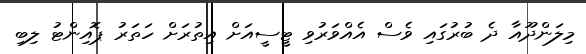
މިލަންދޫއާ ދެ ބުރުގައި ވެސް އެއްވަރުވި ޓީސީއަށް އިތުރަށް ހަތަރު ޕޮއިންޓު ލިބި